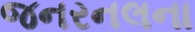
જનરનલના